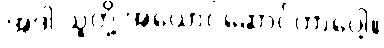
အဲဒါ သူတို့ အယောင်ဆောင်တာပေါ့။